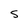
Character: 5